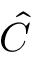
\hat { C }